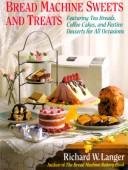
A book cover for Bread Machine Sweets and Treats: Featuring Tea Breads, Coffee Cakes, and Festive Desserts for All Occasions; Richard W. Langer; Cookbooks, Food & Wine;